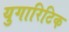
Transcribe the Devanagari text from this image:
युगारिटिक